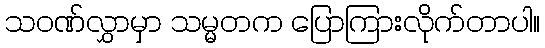
သဝဏ်လွှာမှာ သမ္မတက ပြောကြားလိုက်တာပါ။